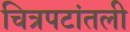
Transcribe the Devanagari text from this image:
चित्रपटांतली